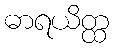
ဓာရယိတ္ထ